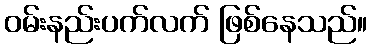
ဝမ်းနည်းပက်လက် ဖြစ်နေသည်။